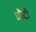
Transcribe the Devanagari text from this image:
धोटी